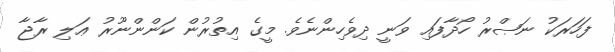
ފަހަރަކު ނަޞްރު ހޯދާފައި ވަނީ ދިވެހިންނެވެ. މީގެ އިތުރުން ކަންންނޫރު ޢަލި ރާޖާ